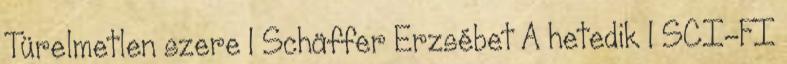
Türelmetlen szere 1 Schäffer Erzsébet A hetedik 1 SCI-FI